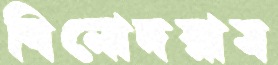
বিনোদরাম